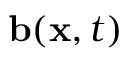
\mathbf { b } ( \mathbf { x } , t )